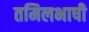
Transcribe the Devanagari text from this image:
तमिलभाषी